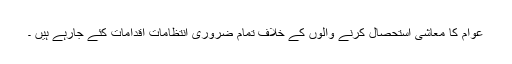
عوام کا معاشی استحصال کرنے والوں کے خلاف تمام ضروری انتظامات اقدامات کئے جارہے ہیں ۔